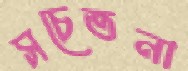
সচেতনা